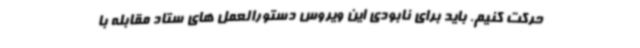
حرکت کنیم. باید برای نابودی این ویروس دستورالعمل های ستاد مقابله با